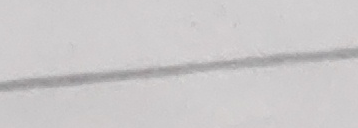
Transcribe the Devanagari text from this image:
जरी